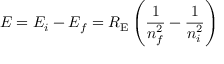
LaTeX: E = E _ { i } - E _ { f } = R _ { \mathrm { E } } \left( { \frac { 1 } { n _ { f } ^ { 2 } } } - { \frac { 1 } { n _ { i } ^ { 2 } } } \right)